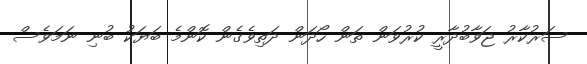
ސަރުކާރު ޖަވާބުދާރީ ކުރުވަން ތަން ހޯދަން ދަތިވެގެން ކޮންމެ ބަޔަކު ބުނި ނަމަވެސް